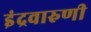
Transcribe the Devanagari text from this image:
इंद्रवारुणी